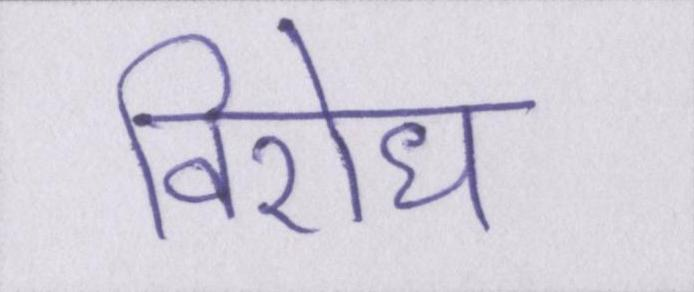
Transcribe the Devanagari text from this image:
विरोध